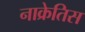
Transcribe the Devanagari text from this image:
नाक्रेतिस